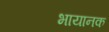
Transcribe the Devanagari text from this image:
भायानक